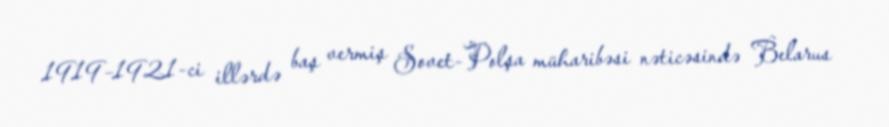
1919–1921-ci illərdə baş vermiş Sovet-Polşa müharibəsi nəticəsində Belarus